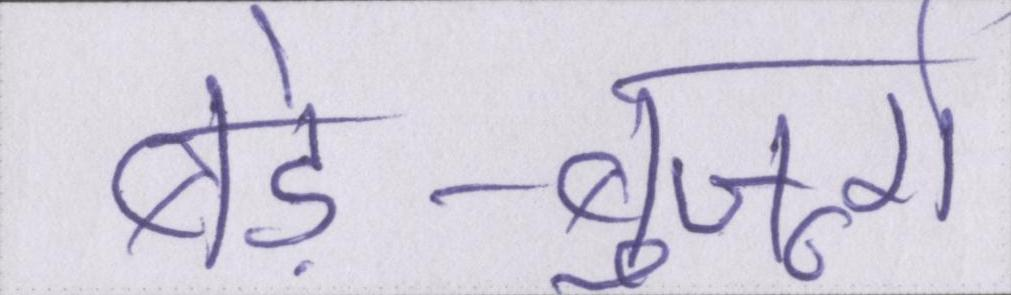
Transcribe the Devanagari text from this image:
बड़े-बुजूर्ग